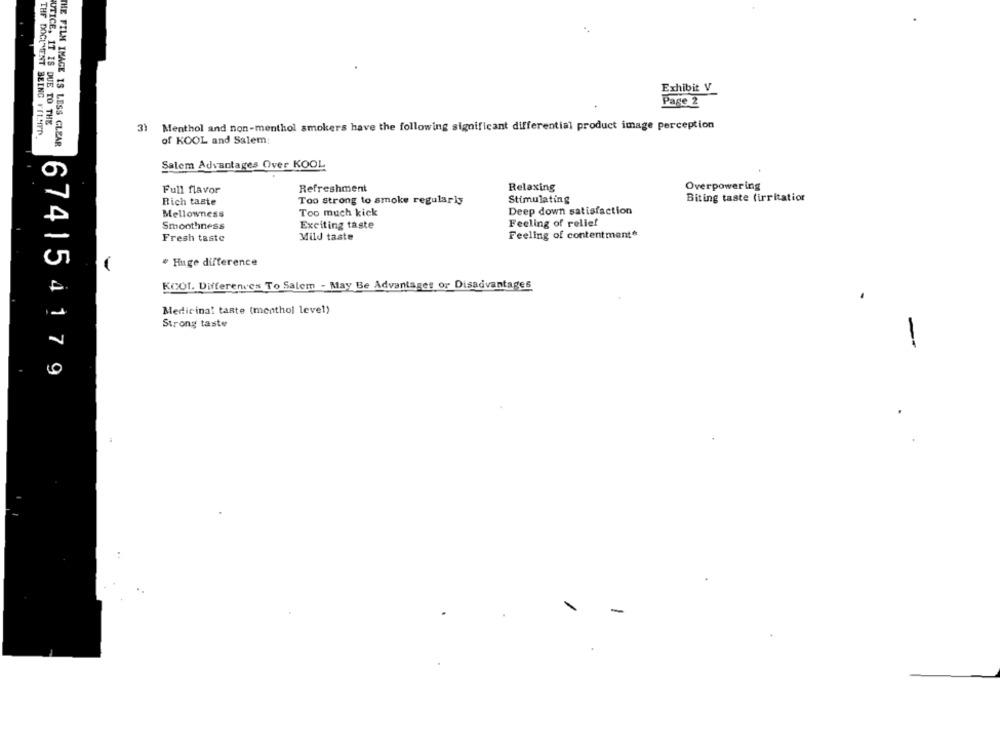
Exhibit V
Page 2
UTICE, IT IS DUE TO THE
3) Menthol and non-menthol smokers have the following significant differential product image perception
THE DOCUMENT BEING FILMYD.
THE FILM IMAGE IS LESS CLEAR
of KOOL and Salem:
Salem Advantages Over KOOL
Refreshment
Relaxing
Overpowering
Full flavor
Rich taste
Too strong to smoke regularly
Stimulating
Biting taste (irritation
Deep down satisfaction
Mellowness
Too much kick
Smoothness
Exciting taste
Feeling of relief
Fresh taste
Mild taste
Feeling of contentment*
· Huge difference
KOOL. Differences To Salem - May Be Advantages or Disadvantages
Medicinal tante (menthol level)
Strong taste
-
674154179